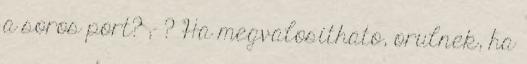
a soros port? ;- ? Ha megvalosithato, orulnek, ha